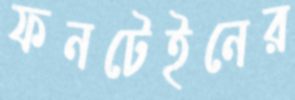
ফনটেইনের